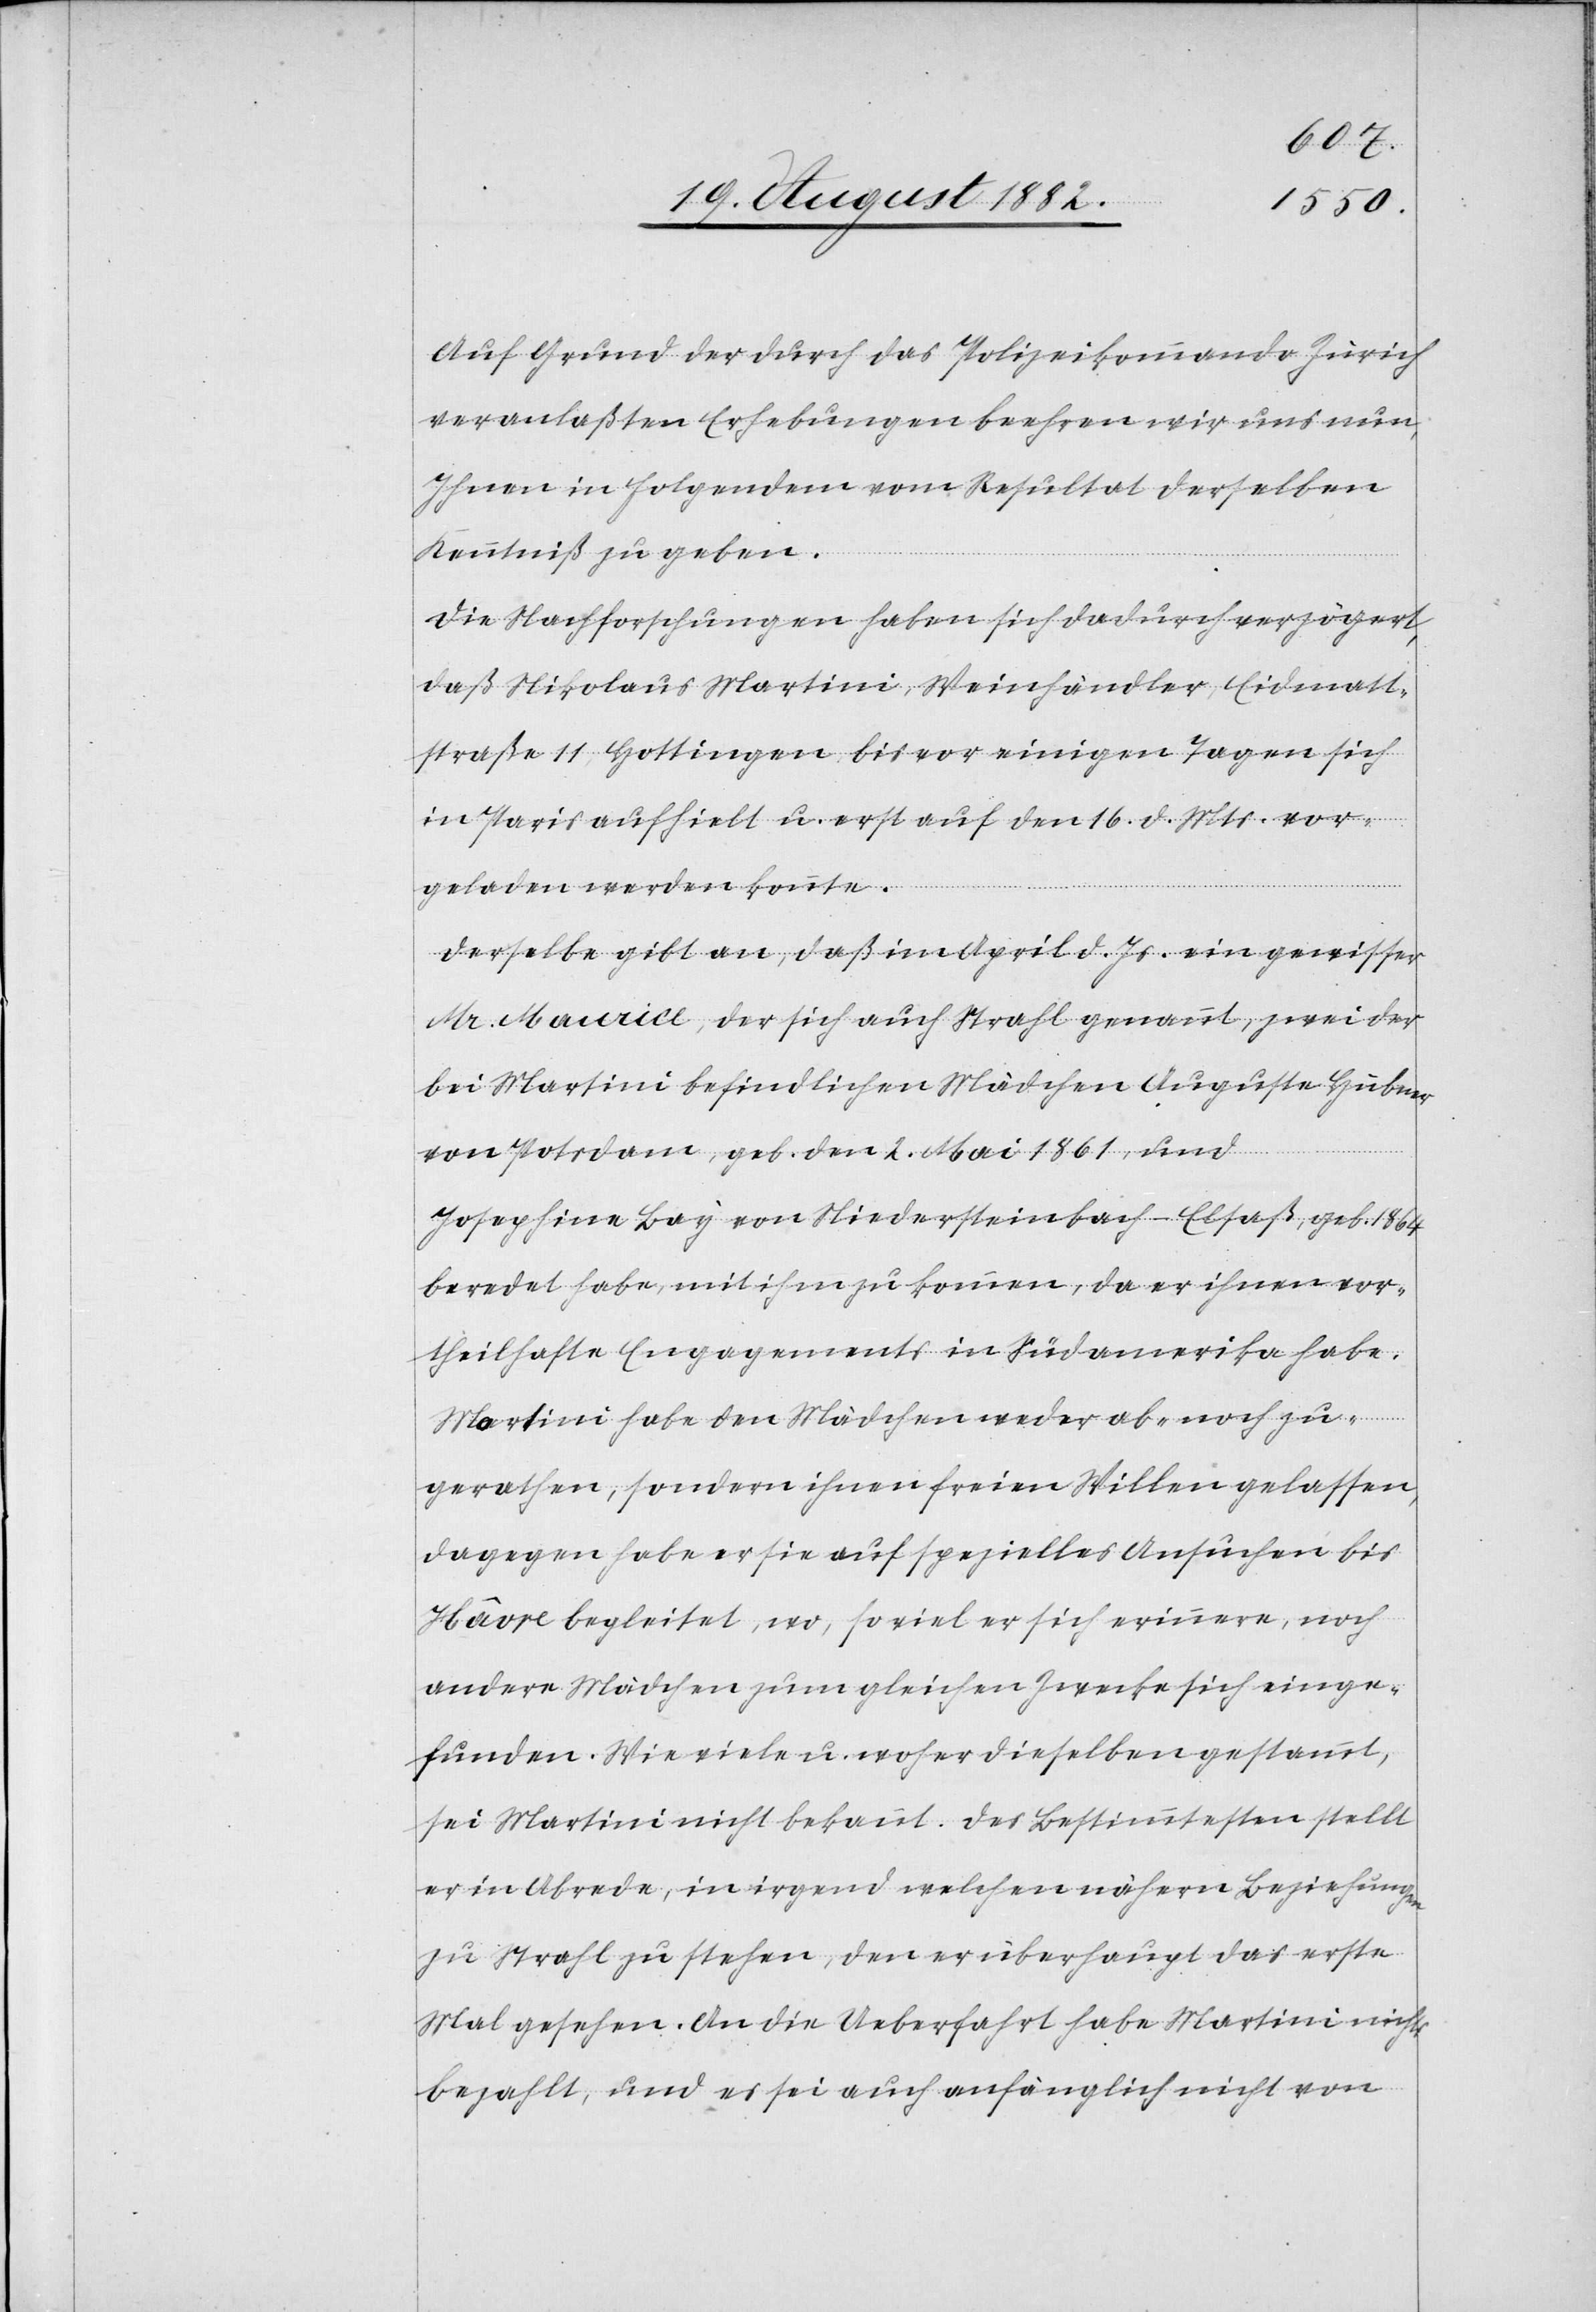
Auf Grund der durch das Polizeikommando Zürich
veranlaßten Erhebungen beehren wir uns nun,
Ihnen in Folgendem vom Resultat derselben
Kenntniß zu geben.
Die Nachforschungen haben sich dadurch verzögert,
daß Nikolaus Martini, Weinhändler, Eidmatt¬
straße 11, Hottingen, bis vor einigen Tagen sich
in Paris aufhielt u. erst auf den 16. d. Mts. vor¬
geladen werden konnte.
Derselbe gibt an, daß im April d. Js. ein gewisser
Mr. Maurice, der sich auch Strahl genannt, zwei der
bei Martini befindlichen Mädchen Auguste Hubner
von Potsdam, geb. den 2. Mai 1861, und
Josephine Bay von Niedersteinbach - Elsaß, geb. 1864,
beredet habe, mit ihm zu kommen, da er ihnen vor¬
theilhafte Engagements in Südamerika habe.
Martini habe den Mädchen weder ab- noch zu¬
gerathen, sondern ihnen freien Willen gelassen,
dagegen habe er sie auf spezielles Ansuchen bis
Hâvre begleitet, wo, so viel er sich erinnere, noch
andere Mädchen zum gleichen Zwecke sich einge¬
funden. Wie viele u. woher dieselben gestammt,
sei Martini nicht bekannt. Des Bestimmtesten stellt
er in Abrede, in irgend welchen nähern Beziehungen
zu Strahl zu stehen, den er überhaupt das erste
Mal gesehen. An die Ueberfahrt habe Martini nichts
bezahlt, und es sei auch anfänglich nicht von